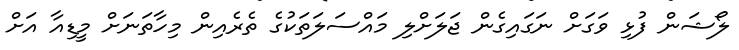
ލޯޝަން ފުޅި ވަގަށް ނަގައިގެން ޖަލަށްލި މައްސަލަތަކުގެ ތެރެއިން މިހާތަނަށް މީޑިއާ އަށް